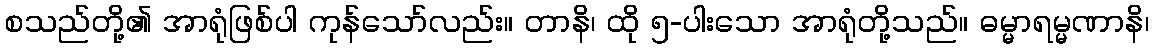
စသည်တို့၏ အာရုံဖြစ်ပါ ကုန်သော်လည်း။ တာနိ၊ ထို ၅-ပါးသော အာရုံတို့သည်။ ဓမ္မာရမ္မဏာနိ၊